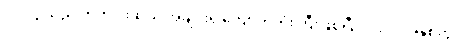
၇၇၉၄ သည် ကိုက်ငါးဆယ် အချင်းရှိ ကျောက်တုံးကြီးဖြစ်ပြီး၊ ၁၉၉၇ ခုနှစ်တွင်